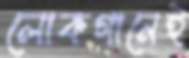
লোকগানেই